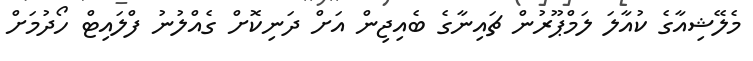
މެލޭޝިއާގެ ކުއާލަ ލަމްޕޫރުން ޗައިނާގެ ބެއިޖިން އަށް ދަނިކޮށް ގެއްލުނު ފްލައިޓް ހޯދުމަށް